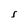
Character: S